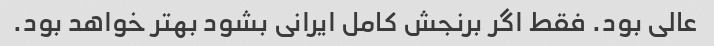
عالی بود. فقط اگر برنجش کامل ایرانی بشود بهتر خواهد بود.